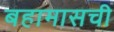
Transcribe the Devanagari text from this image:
बहामासची